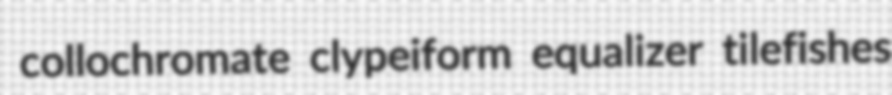
collochromate clypeiform equalizer tilefishes